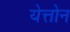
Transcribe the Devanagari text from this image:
येत्तोन